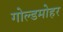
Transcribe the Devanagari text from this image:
गोल्डमोहर